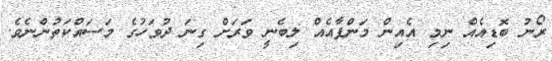
ރޯނު ބޮޑިއެއް ނިމި އެއިން މަންފާއެއް ލިބެނީ ވަރަށް ގިނަ ދުވަހުގެ މަސައްކަތުންނެވެ.